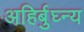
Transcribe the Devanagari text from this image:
अहिर्बुघ्न्य